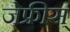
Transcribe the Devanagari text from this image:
जेफ्रीस्